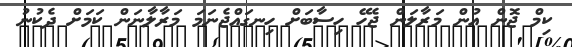
ކިމް ޖޮން އުން މަރާލަން ޖެހޭ ހިސާބަށް ހިނގައްޖެނަމަ މަރާލާނަން ކަމަށް ދެކުނު